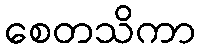
စေတသိကာ